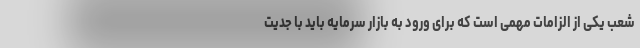
شعب یکی از الزامات مهمی است که برای ورود به بازار سرمایه باید با جدیت